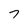
Character: 7